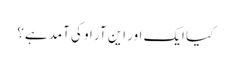
کیا ایک اور این آر او کی آمد ہے؟